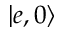
| e , 0 \rangle